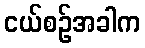
ငယ်စဉ်အခါက